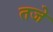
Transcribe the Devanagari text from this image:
तजे